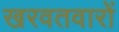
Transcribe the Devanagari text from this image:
खरवतवारों